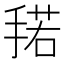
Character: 𰔌